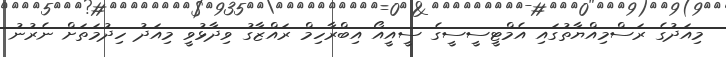
މިއަދުގެ ރަސްމިއްޔާތުގައި އެމްޓީސީސީގެ ސީއީއޯ އިބްރާހިމް ރަައްޒާގު ވިދާޅުވީ މިއަދު ހިދުމަތަށް ނެރުނު